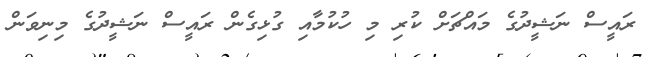
ރައީސް ނަޝީދުގެ މައްޗަށް ކުރި މި ހުކުމާއި ގުޅިގެން ރައީސް ނަޝީދުގެ މިނިވަން